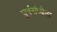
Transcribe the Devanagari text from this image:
पुर्वसंध्येला